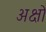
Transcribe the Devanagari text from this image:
अक्षो